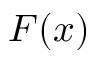
F ( x )